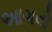
આગવો